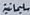
سلیمانیة